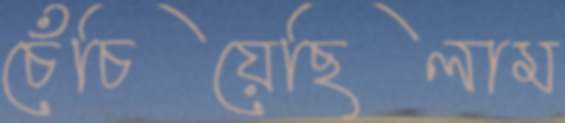
চেঁচিয়েছিলাম